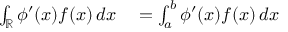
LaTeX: \begin{array} { r l } { \int _ { \mathbb { R } } \phi ^ { \prime } ( x ) f ( x ) \, d x } & { { } = \int _ { a } ^ { b } \phi ^ { \prime } ( x ) f ( x ) \, d x } \end{array}